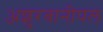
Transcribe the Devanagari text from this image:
अशुरबानीपल